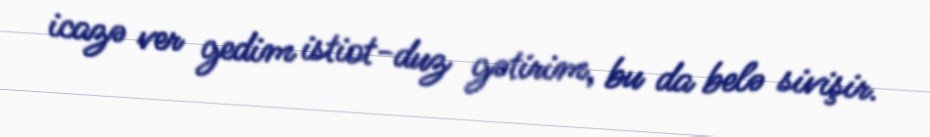
icazə ver gedim istiot-duz gətirim, bu da belə sivişir.